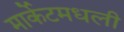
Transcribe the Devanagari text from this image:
मार्केटमधली